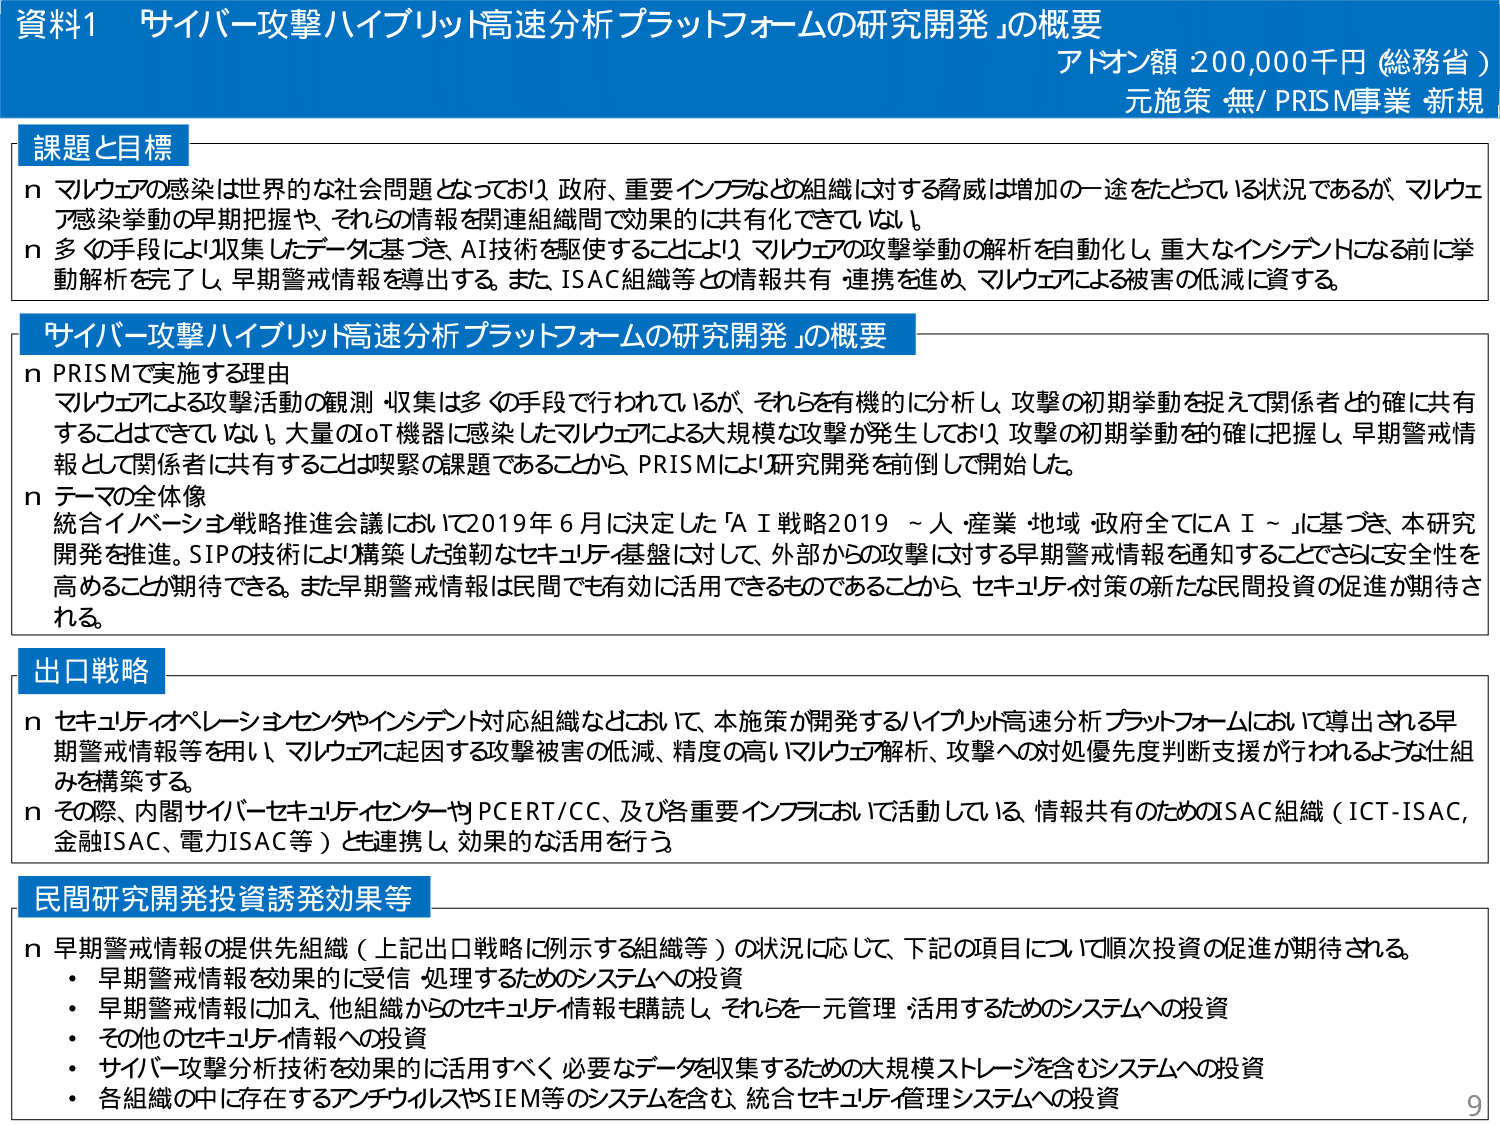
資料1 サイバー攻撃ハイブリット高速分析プラットフォームの研究開発」の概要
アドオン額 200,000千円（総務省）
元施策 無/ PRISM事業 新規

課題と目標
n マルウェアの感染は世界的な社会問題となっており、政府、重要インフラなどの組織に対する脅威は増加の一途をたどっている状況であるが、マルウェア感染挙動の早期把握や、それらの情報を関連組織間で効果的に共有化できていない。
n 多くの手段により収集したデータに基づき、AI技術を駆使することにより、マルウェアの攻撃挙動の解析を自動化し、重大なインシデントとなる前に挙動解析を完了し、早期警戒情報を導出する。また、ISAC組織等との情報共有・連携を進め、マルウェアによる被害の低減に資する。

サイバー攻撃ハイブリット高速分析プラットフォームの研究開発」の概要
n PRISMで実施する理由
マルウェアによる攻撃活動の観測・収集は多くの手段で行われているが、それらを有機的に分析し、攻撃の初期挙動を捉えて関係者との確に共有することはできていない。大量のIoT機器に感染したマルウェアによる大規模な攻撃が発生しており、攻撃の初期挙動を的確に把握し、早期警戒情報として関係者に共有することは喫緊の課題であることから、PRISMにより研究開発を前倒しで開始した。
n テーマの全体像
統合イノベーション戦略推進会議において2019年6月に決定した「AI戦略2019～人・産業・地域・政府全てにAI～」に基づき、本研究開発を推進。SIPの技術により構築した強靭なセキュリティ基盤に対して、外部からの攻撃に対する早期警戒情報を通知することでさらに安全性を高めることができる期待できる。また早期警戒情報は民間でも有効に活用できるものであることから、セキュリティ対策の新たな民間投資の促進が期待される。

出口戦略
n セキュリティオペレーションセンターやインシデント対応組織などにおいて、本施策が開発するハイブリット高速分析プラットフォームにおいて導出される早期警戒情報等を用い、マルウェアに起因する攻撃被害の低減、精度の高いマルウェア解析、攻撃への対処優先度判断支援が行われるような仕組みを構築する。
n その際、内閣サイバーセキュリティセンター、PCERT/CC、及び各重要インフラにおいて活動している、情報共有のためのISAC組織（ICT-ISAC、金融ISAC、電力ISAC等）とも連携し、効果的な活用を行う。

民間研究開発投資誘発効果等
n 早期警戒情報の提供先組織（上記出口戦略に例示する組織等）の状況に応じて、下記の項目について順次投資の促進が期待される。
・早期警戒情報を効果的に受信・処理するためのシステムへの投資
・早期警戒情報に加え、他組織からのセキュリティ情報も購読し、それらを一元管理・活用するためのシステムへの投資
・その他のセキュリティ情報への投資
・サイバー攻撃分析技術を効果的に活用すべく、必要なデータを収集するための大規模ストレージを含むシステムへの投資
・各組織の中に存在するアンチウイルスやSIEM等のシステムを含む、統合セキュリティ管理システムへの投資

9